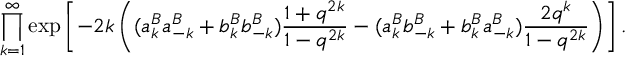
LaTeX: \prod _ { k = 1 } ^ { \infty } \exp \left[ - 2 k \left( ( a _ { k } ^ { B } a _ { - k } ^ { B } + b _ { k } ^ { B } b _ { - k } ^ { B } ) \frac { 1 + q ^ { 2 k } } { 1 - q ^ { 2 k } } - ( a _ { k } ^ { B } b _ { - k } ^ { B } + b _ { k } ^ { B } a _ { - k } ^ { B } ) \frac { 2 q ^ { k } } { 1 - q ^ { 2 k } } \right) \right] .